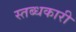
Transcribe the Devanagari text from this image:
स्‍तब्‍धकारी